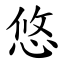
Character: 悠